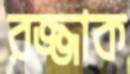
রজ্জাক